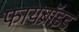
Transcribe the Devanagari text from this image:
फायब्रॉइड